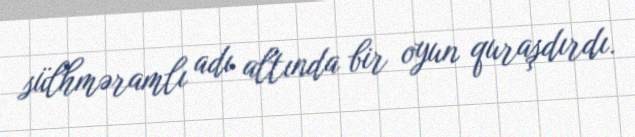
sülhməramlı adı altında bir oyun quraşdırdı.